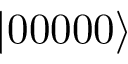
| 0 0 0 0 0 \rangle